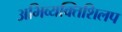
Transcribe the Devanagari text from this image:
अभिव्यक्तिशिलप